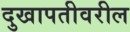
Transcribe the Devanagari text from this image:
दुखापतीवरील